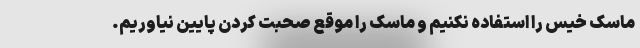
ماسک خیس را استفاده نکنیم و ماسک را موقع صحبت کردن پایین نیاوریم.